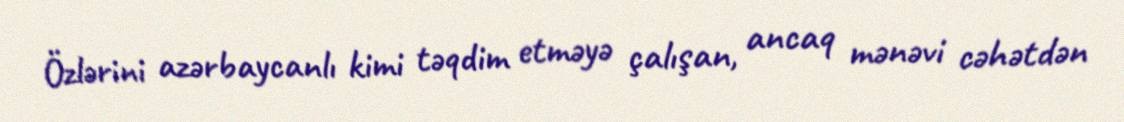
Özlərini azərbaycanlı kimi təqdim etməyə çalışan, ancaq mənəvi cəhətdən